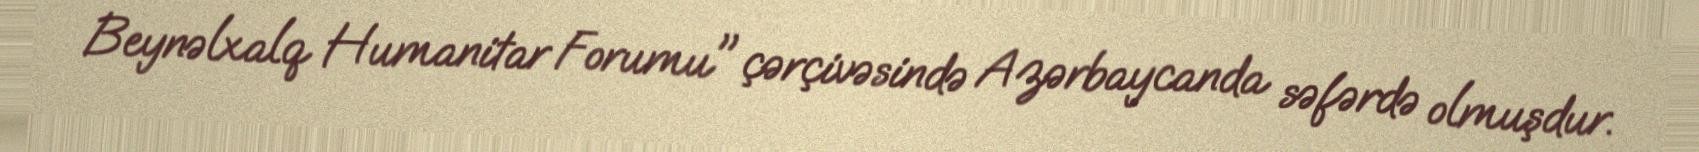
Beynəlxalq Humanitar Forumu" çərçivəsində Azərbaycanda səfərdə olmuşdur.